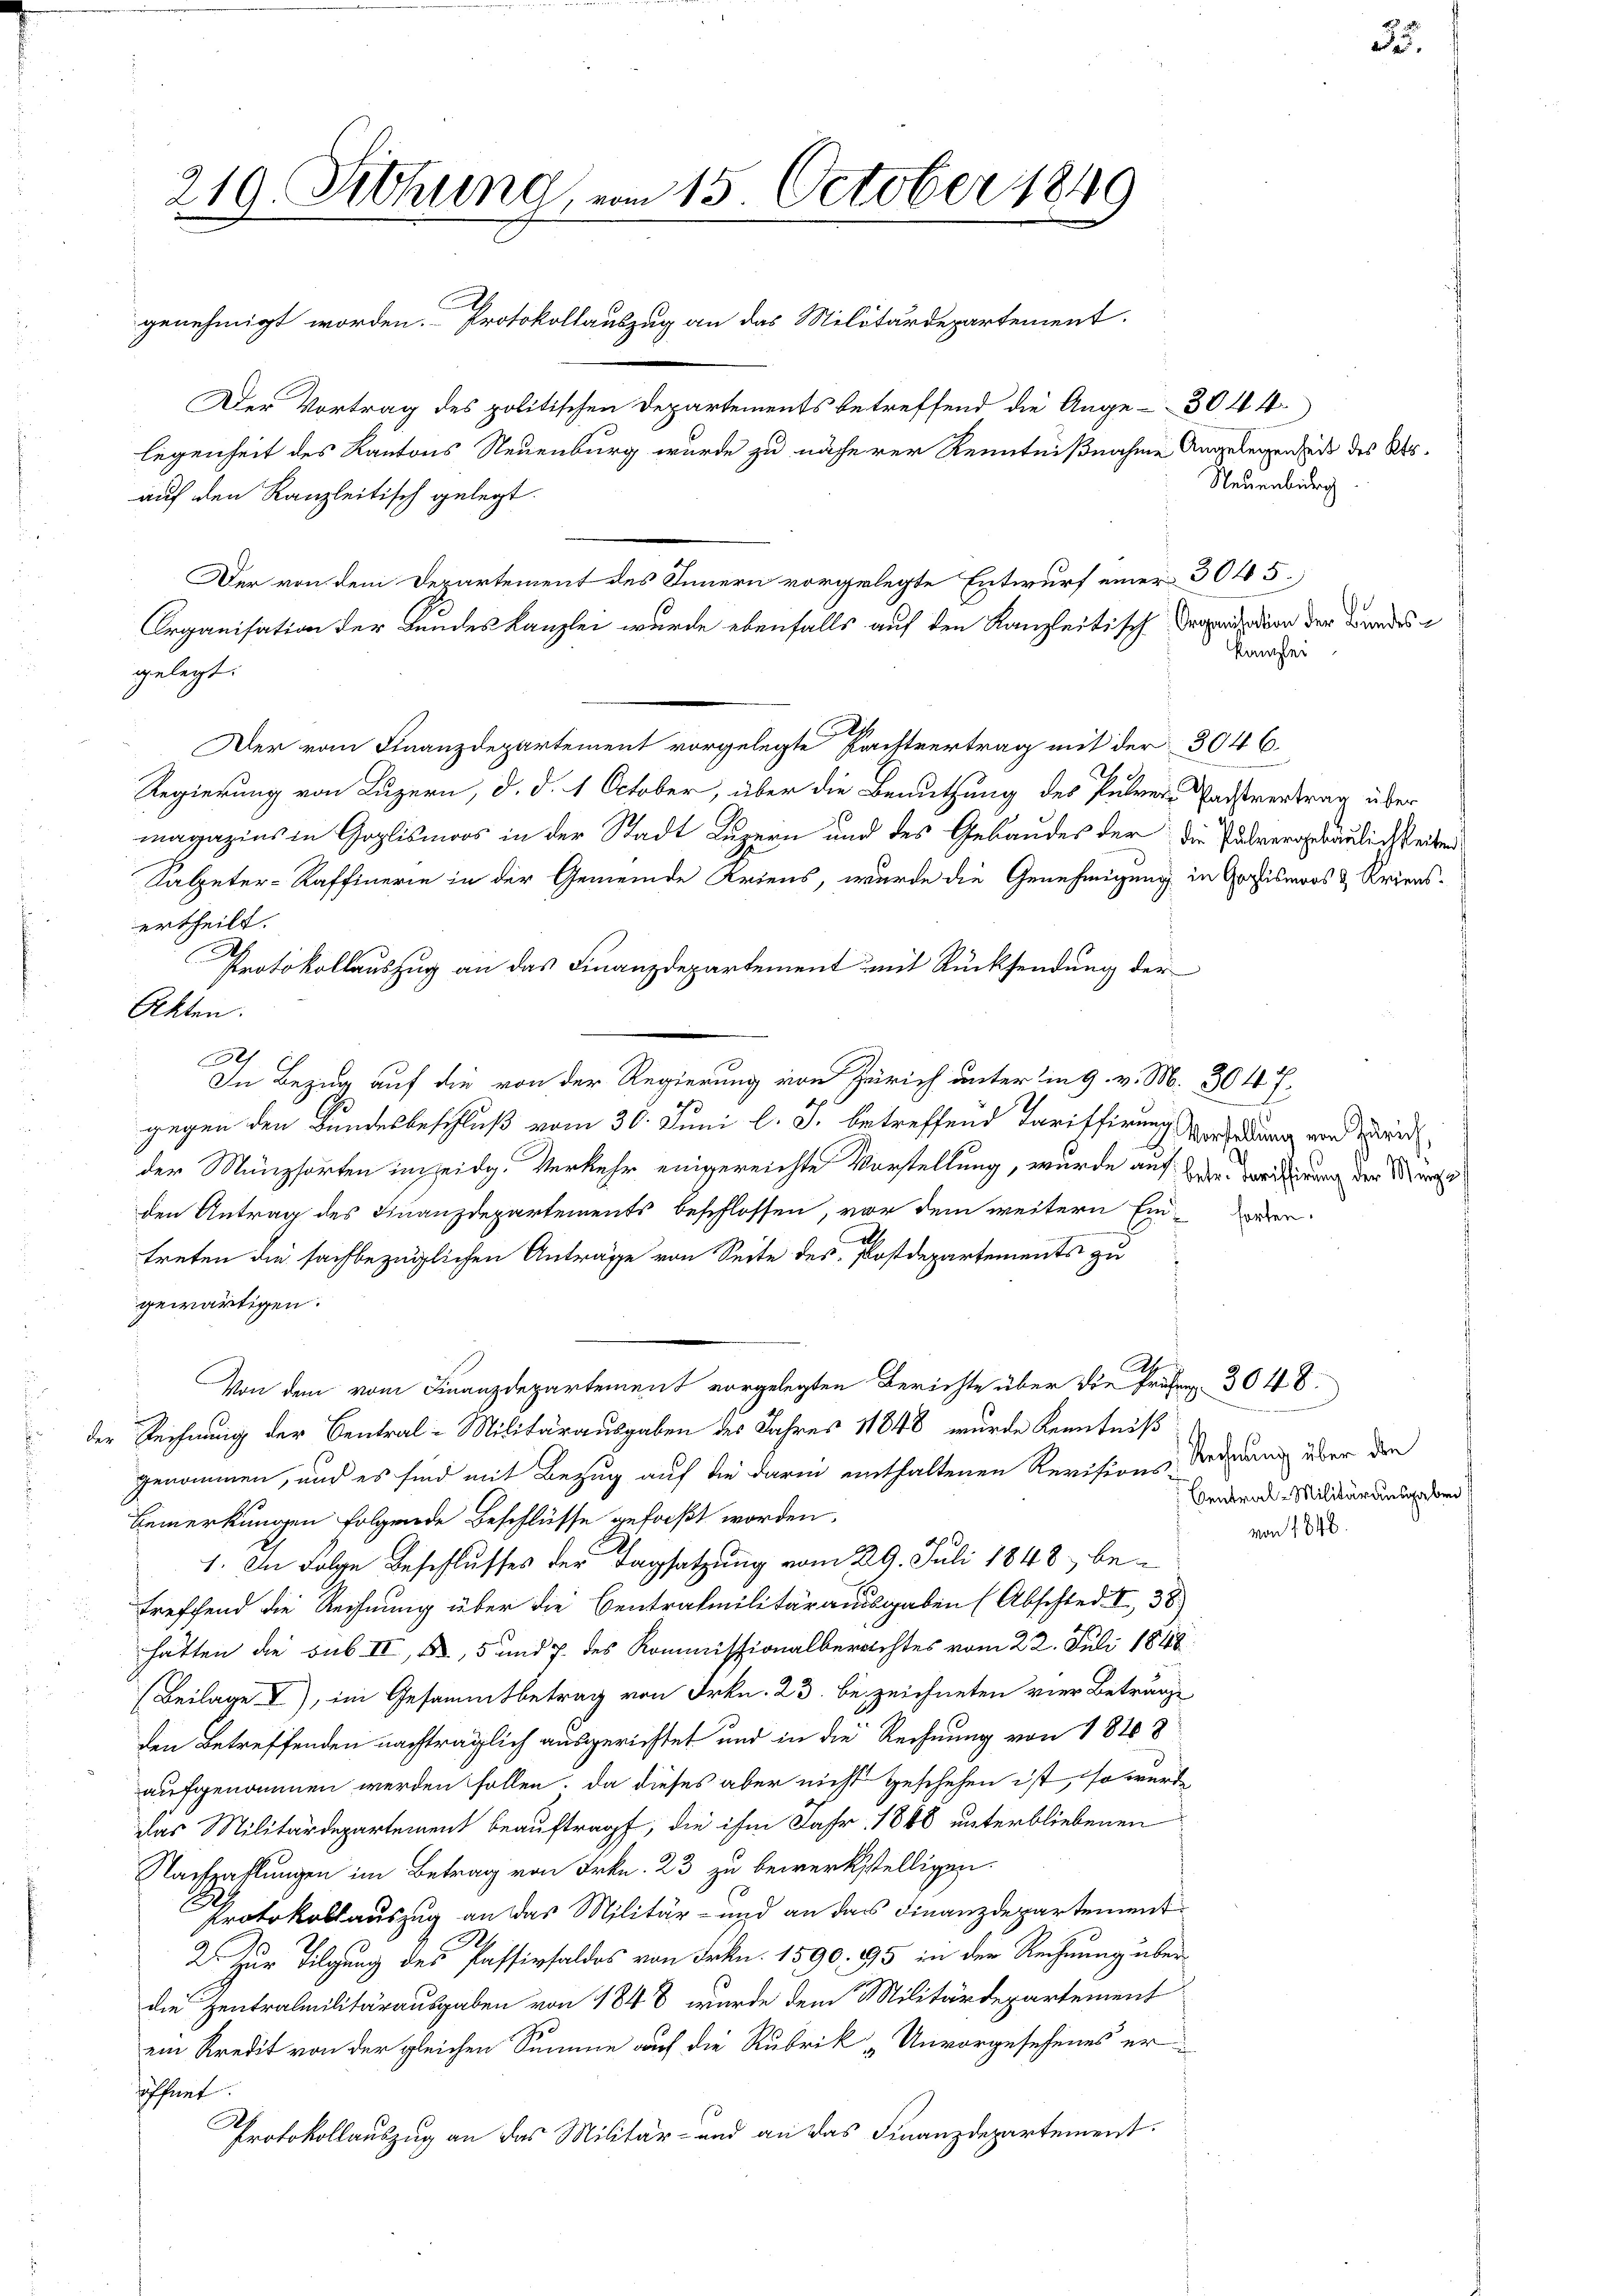
210. Siehung, vom 15. October 1849
.
genehmigt worden. Protokollauszug an das Militärdepartement.

gelegt:
A
Der vom Finanzdepartement vorgelegte Kaistvertrag mit der 3046.
d
Regierung von Luzern, d. d. 1 October, über die Benutzung des Petrene Passvertrag über
magazins in Goplismoos in der Stadt Luzern und des Gebäudes der die Pulvertraulichsteilen
Kalpeter-Raffinerie in der Gemeinde Kriens, wurde die Genehmigung in Gofismoos & Kriensertheilt.
Ah
Protokollauszug an das Finanzdepartement mit Rücksendung der
Akten.
A
In Bezug auf die von der Regierung von Zürich unter in 9. v. M. 304 f.
gegen den Bundesbeschluß vom 30. Juni l. J. betreffend Tariffirung verladung von Zei
der Münzsorten im eidg. Verkehr eingereichte Vorstellung, wurde auf der Weiderung der Mein
den Antrag des Finanzdepartements beschlossen, vor dem weitern Ein-Werden
treten die sachbezüglichen Anträge von Seite des Postdepartements zu
gewärtigen.
A
Von dem vom Finanzdepartement vorgelegten Berichte über die früher 3048.
der Rechnung der Central-Militärausgaben des Jahres 1848 wurde Kenntniß
genommen, und es sind mit Bezug auf die darin enthaltenen Revisions-Rednung über den
Bemerkungen folgende Beschlüsse gefaßt worden.
1. In Folge Beschlusses der Tagsatzung vom 29. Juli 1848, betreffend die Rechnung über die Centrafmilitärausgaben (Abschied. I, 38
hätten die sub II, 2, 5 und 7. des Kommissionalbereichtes vom 22. Juli 1848
(Beilage I), im Gesammtbetrag von Frkn. 23. bezeichneten vier Betränge
den Betreffenden nachträglich ausgerichtet und in die Rechnung von 1848
aufgenommen werden sollen. Da dieses aber nicht geschehen ist, so wurde
das Militärdepartement beauftragt, die ihm Jahr 1848 unterbliebenen
Nachzahlungen im Betrag von Frkn. 23 zu bewerkstelligen.
Protokollauszug an das Militär- und an das Finanzdepartement
.
2. Zur Tilgung des Passivsaldos von Frkn. 1590. 95 in der Rechnung über
die Zentralmilitärausgaben von 1848 wurde dem Militärdepartement
ein Kredit von der gleichen Summe auf die Rubrik „Unvorgesehenes er-
öffnet.
A.
Protokollauszug an das Militär- und an das Finanzdepartement.

Der Vortrag des politischen Departements betreffend die Ange- 3044.
legenheit des Kantons Neuenburg wurde zu näherer Kenntnißnahme Angelegen zu des Absauf den Kanzleitisch gelegt.
Der von dem Departement des Innern vorgelegte Entwurf einer 3045.
Organisation der Kundes Kanzlei wurde ebenfalls auf den Kanzleitisch Deparation der Brandes

Neuenburg

Kanzlei

von 1846.

Central-Militärausgaben